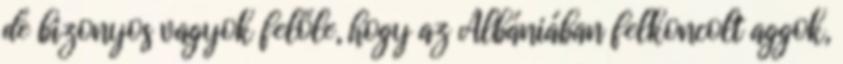
de bizonyos vagyok felőle, hogy az Albániában felkoncolt aggok,